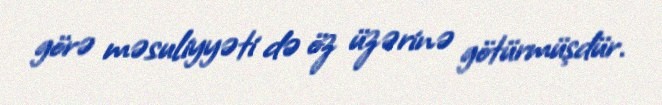
görə məsuliyyəti də öz üzərinə götürmüşdür.